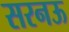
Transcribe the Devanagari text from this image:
सरनऊ